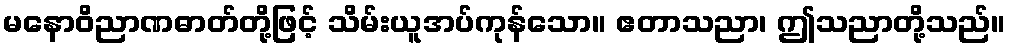
မနောဝိညာဏဓာတ်တို့ဖြင့် သိမ်းယူအပ်ကုန်သော။ ဧတာသညာ၊ ဤသညာတို့သည်။